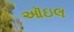
ઑઇલ